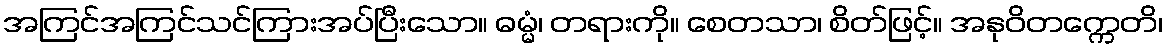
အကြင်အကြင်သင်ကြားအပ်ပြီးသော။ ဓမ္မံ၊ တရားကို။ စေတသာ၊ စိတ်ဖြင့်။ အနုဝိတက္ကေတိ၊